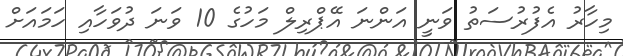
މިހާރު އެފުރުސަތު ވަނީ އަންނަ އޭޕްރިލް މަހުގެ 10 ވަނަ ދުވަހާއި ހަމައަށް